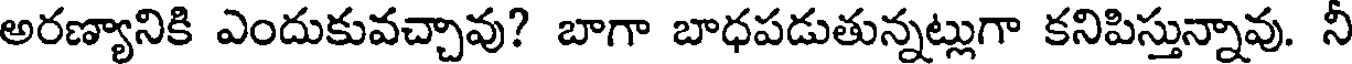
అరణ్యానికి ఎందుకువచ్చావు? బాగా బాధపడుతున్నట్లుగా కనిపిస్తున్నావు. నీ